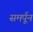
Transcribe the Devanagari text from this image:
समर्पून